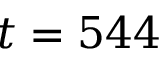
t = 5 4 4